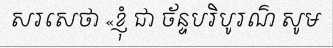
សរសេថា «ខ្ញុំ ជា ច័ន្ទបរិបូរណ៌ សូម